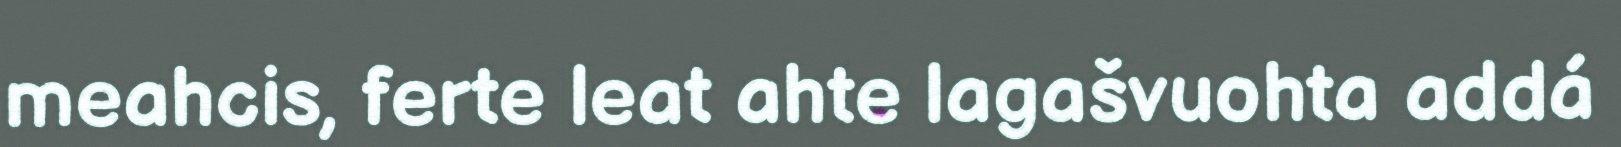
meahcis, ferte leat ahte lagašvuohta addá